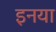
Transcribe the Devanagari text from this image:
इनया